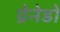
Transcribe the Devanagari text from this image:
ग्रेनेडों